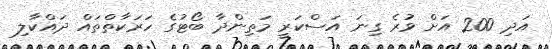
އަދި 200 އަށް ވުރެ ގިނަ އަސްކަރީ މަތިންދާ ބޯޓުގެ ހަރަކާތްތައް ދައްކާލި